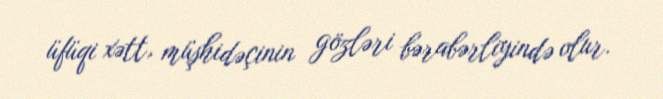
üfüqi xətt, müşhidəçinin gözləri bərabərliyində olur.